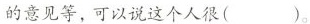
的意见等，可以说这个人很( )。